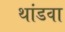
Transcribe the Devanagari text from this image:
थांडवा